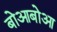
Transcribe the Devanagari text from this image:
बोआबोआ